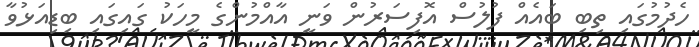
ހެދުމުގައި ތިބި ބައެއް ފުލުސް އޮފިސަރުން ވަނީ އާއްމުންގެ މީހަކު ގައިގައި ބިޑިއަޅުވާ